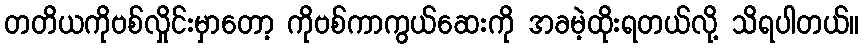
တတိယကိုဗစ်လှိုင်းမှာတော့ ကိုဗစ်ကာကွယ်ဆေးကို အခမဲ့ထိုးရတယ်လို့ သိရပါတယ်။